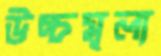
উচ্চমূল্য